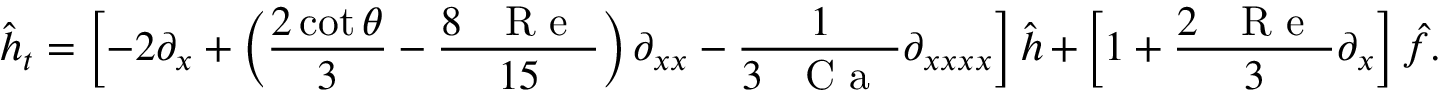
\hat { h } _ { t } = \left[ - 2 \partial _ { x } + \left( \frac { 2 \cot { \theta } } { 3 } - \frac { 8 \mathrm { ~ \textit ~ { ~ R ~ e ~ } ~ } } { 1 5 } \right) \partial _ { x x } - \frac { 1 } { 3 \mathrm { ~ \textit ~ { ~ C ~ a ~ } ~ } } \partial _ { x x x x } \right] \hat { h } + \left[ 1 + \frac { 2 \mathrm { ~ \textit ~ { ~ R ~ e ~ } ~ } } { 3 } \partial _ { x } \right] \hat { f } .